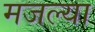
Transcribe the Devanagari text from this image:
मजल्या